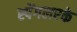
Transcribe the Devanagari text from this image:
स्पेंगलरके